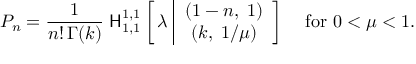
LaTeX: P _ { n } = \frac { 1 } { n ! \, \Gamma ( k ) } \; { \sf H } _ { 1 , 1 } ^ { 1 , 1 } \left[ \, \lambda \left| \begin{array} { c } { { ( 1 - n , \; 1 ) } } \\ { { ( k , \; 1 / \mu ) } } \end{array} \right] \right. \quad \mathrm { f o r ~ } 0 < \mu < 1 .